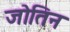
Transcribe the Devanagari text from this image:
जोतिन